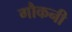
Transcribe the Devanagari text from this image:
गौकनी